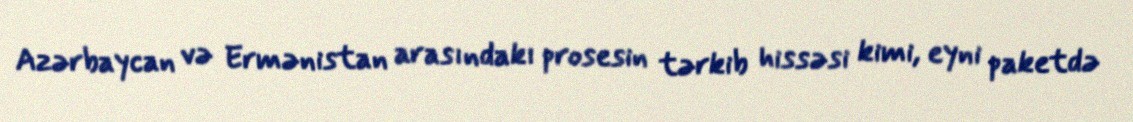
Azərbaycan və Ermənistan arasındakı prosesin tərkib hissəsi kimi, eyni paketdə